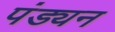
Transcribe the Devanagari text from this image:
पंड्यन